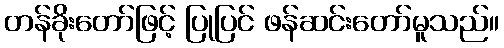
တန်ခိုးတော်ဖြင့် ပြုပြင် ဖန်ဆင်းတော်မူသည်။